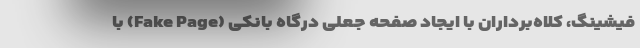
فیشینگ، کلاه‌برداران با ایجاد صفحه جعلی درگاه بانکی (Fake Page) با